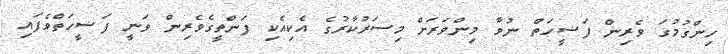
ހިންގުމުގަ ވެރިން ފަޟީހަތް ނުވާ މިންވަރަށް މިސަރުކާރުގެ އެކިއެކި ފަންތީގެވެރިން ވަނީ ފަޟީހަތްވެފައި